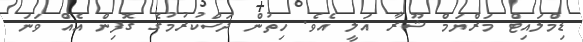
ޑިމްލައިޓް މަރްޔަމް ޝޫރާ އަލީ އެވެ. ހިތުން ދަސްކުރުމުގެ ގޮފިން އެއް ވަނަ